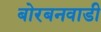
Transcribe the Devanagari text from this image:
बोरबनवाडी